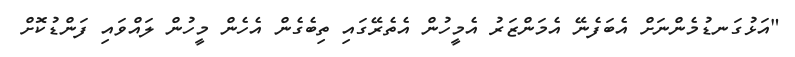
"އަޅުގަނޑުމެންނަށް އެބަފެނޭ އެމަންޒަރު އެމީހުން އެތެރޭގައި ތިބެގެން އެހެން މީހުން ލައްވައި ފަންޑުކޮށް